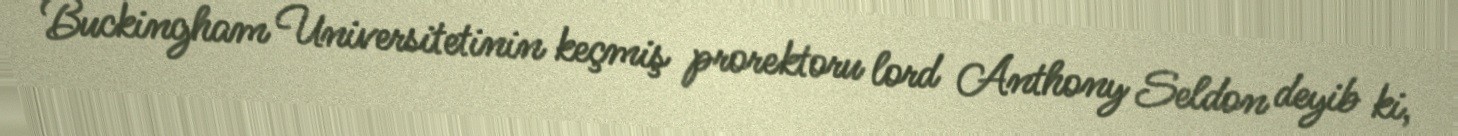
Buckingham Universitetinin keçmiş prorektoru lord Anthony Seldon deyib ki,